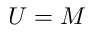
U = M